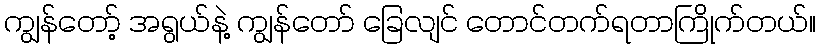
ကျွန်တော့် အရွယ်နဲ့ ကျွန်တော် ခြေလျင် တောင်တက်ရတာကြိုက်တယ်။